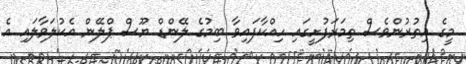
މީގެ އިތުރުންވެސް ތިމަރަފުށީގައި ހިއްކާފައިވާ ބިމުގެ ލޭންޑް ޔޫސް ޕްލޭން އެކުލަވާލައި އެ